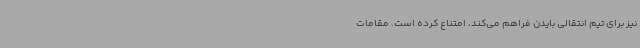
نیز برای تیم‌ انتقالی بایدن فراهم می‌کند، امتناع کرده است. مقامات